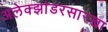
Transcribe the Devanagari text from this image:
अलेक्झांडरसारखा